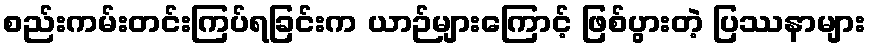
စည်းကမ်းတင်းကြပ်ရခြင်းက ယာဉ်များကြောင့် ဖြစ်ပွားတဲ့ ပြဿနာများ